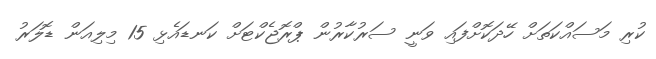
ކުރި މަސައްކަތަށް ހޭދަކޮށްފައި ވަނީ ސަރުކާރުން ޕްރޮޖެކްޓަށް ކަނޑައެޅި 15 މިލިއަން ޑޮލަރު